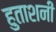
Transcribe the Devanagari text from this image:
हुताशनी